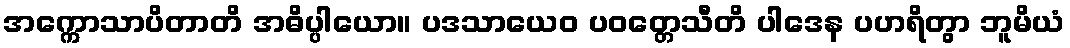
အက္ကောသာပိတာတိ အဓိပ္ပါယော။ ပဒသာယေဝ ပဝတ္တေသီတိ ပါဒေန ပဟရိတွာ ဘူမိယံ